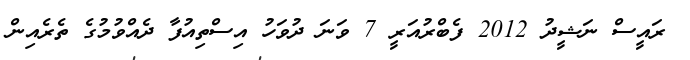
ރައީސް ނަޝީދު 2012 ފެބްރުއަރީ 7 ވަނަ ދުވަހު އިސްތިއުފާ ދެއްވުމުގެ ތެރެއިން